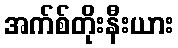
အက်စ်တိုးနီးယား